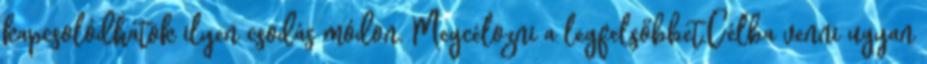
kapcsolódhatok ilyen csodás módon. Megcélozni a legfelsőbbet.Célba venni ugyan